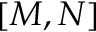
[ M , N ]